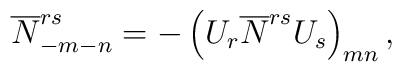
\overline{N}_{-m-n}^{rs} = - \left( U_r \overline{N}^{rs} U_s \right)_{mn},